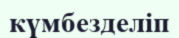
күмбезделіп